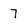
Character: 7